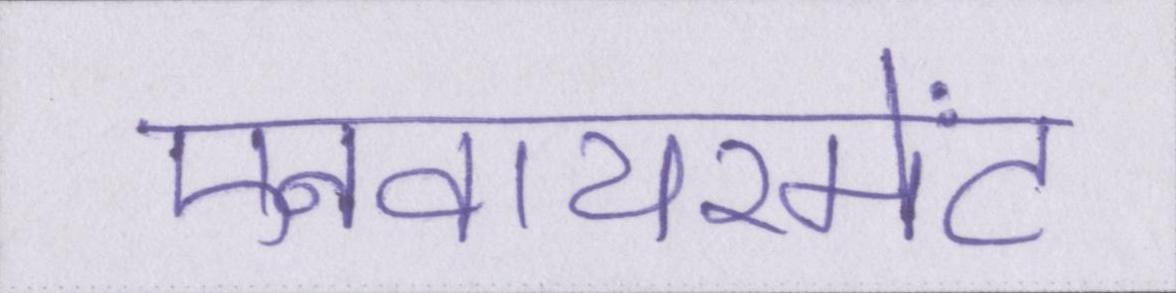
एनवायरमेंट